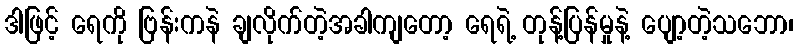
ဒါဖြင့် ရေကို ဗြန်းကနဲ ချလိုက်တဲ့အခါကျတော့ ရေရဲ့ တုန့်ပြန်မှုနဲ့ ပျော့တဲ့သဘော၊